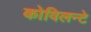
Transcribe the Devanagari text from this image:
कोविलन्टे